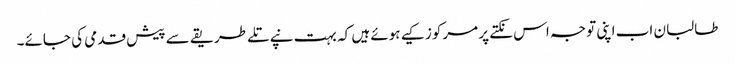
طالبان اب اپنی توجہ اس نکتے پر مرکوز کیے ہوئے ہیں کہ بہت نپے تلے طریقے سے پیش قدمی کی جائے۔